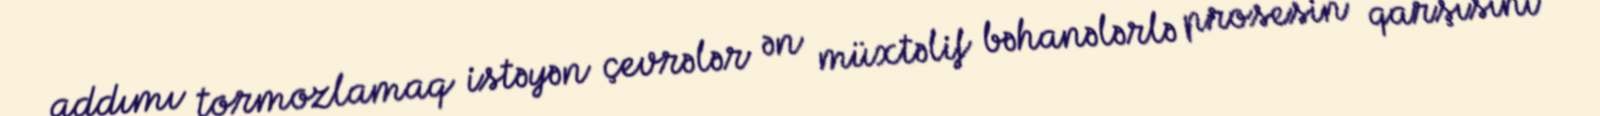
addımı tormozlamaq istəyən çevrələr ən müxtəlif bəhanələrlə prosesin qarşısını